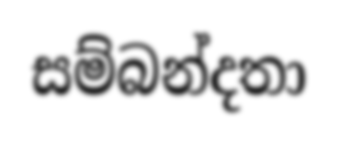
සම්බන්දතා